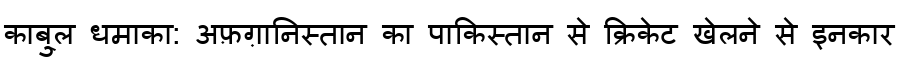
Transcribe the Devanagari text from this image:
काबु्ल धमाका: अफ़ग़ानिस्तान का पाकिस्तान से क्रिकेट खेलने से इनकार